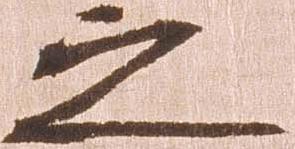
之